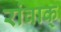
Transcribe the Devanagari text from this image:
रांवाक्